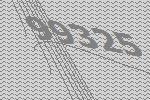
99325